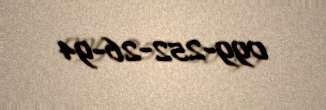
099-252-26-94